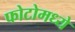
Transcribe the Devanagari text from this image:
फोटोमध्ये